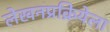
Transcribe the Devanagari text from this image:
लेखनप्रक्रियेला